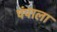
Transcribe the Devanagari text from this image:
पंपाला